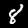
Label: 8